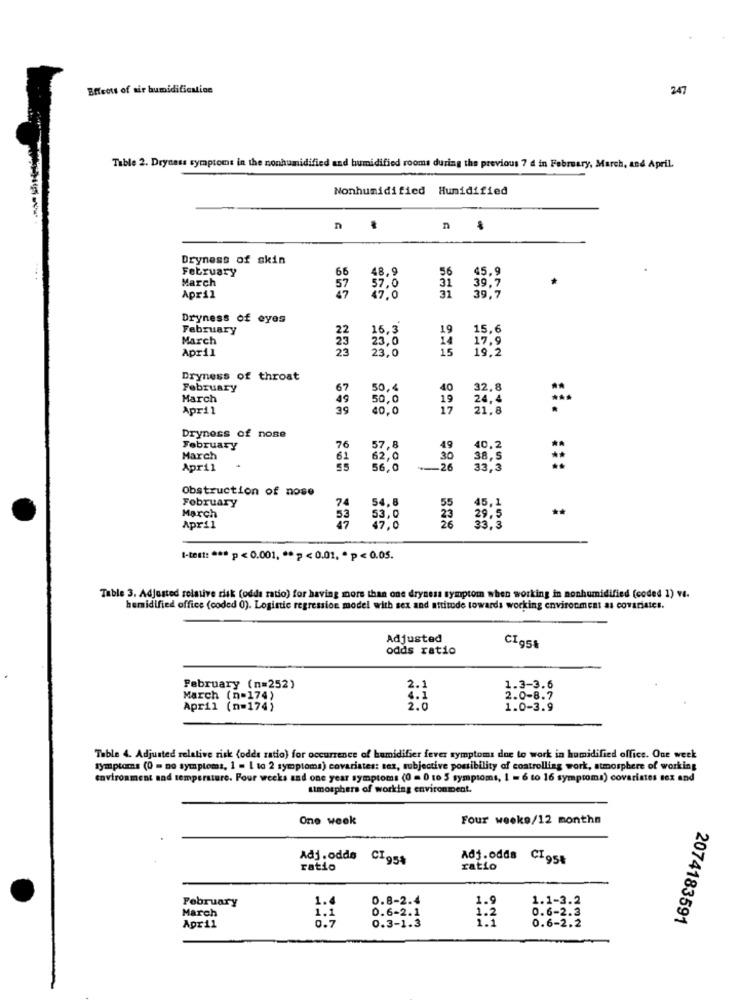
Effect of air humidification
247
Table 2. Dryness symptoms in the nonhumidified and humidified rooms during the previous 7 d in February, March, and April.
Nonhumidified Humidified
n
Dryness of skin
February
66
48,9
56
45,9
March
57,0
31
39,7
April
47.0
39.7
Dryness of eyes
February
22
16,3
19
15,6
March
23,0
14
17.9
April
23,0
15
19.2
Dryness of throat
February
67
50,4
40
32,8
March
49
50,0
19
24,4
April
39
40,0
17
21.8
Dryness of nose
February
76
57.8
49
40,2
March
61
62,0
30
38,5
April
55
56.0
26
33,3
Obstruction of nose
February
March
74
54,8
55
45,1
53
53,0
23
26
29. 5
April
47
47.0
33,3
I-test: *** p < 0.001, ** p < 0.01. * p < 0.05.
Table 3. Adjusted relative risk (odds ratio) for having more than one dryness symptom when working in nonhumidified (coded 1) v.
humidified office (coded 0). Logistic regression model with sex and attitude towards working environment as covariates.
Adjusted
odds ratio
February (n=252)
1.3-3.6
March (n=174)
2.0-8.7
April (n=174)
1.0-3.9
Table 4. Adjusted relative risk (odds ratio) for occurrence of humidifier fever symptoms due to work in humidified office. One week
symptoms (0 = no symptoms, 1 = 1 to 2 symptoma) covariates: sez, subjective possibility of controlling work, atmosphere of working
environment and temperature. Four weeks and one year symptoms (0 = 0 to 5 symptoms, 1 = 6 to 16 symptoms) covariates sex and
atmosphers of working environment.
One week
Four weeks/12 monthn
Adj. oddo CT954
Adj.odds CT95%
ratio
ratio
February
1.4
0.8-2.4
1.9
1.1-3.2
March
0.6-2.1
0.6-2.3
1.1
0.7
1.2
0.6-2.2
2074183591
April
0.3-1.3